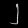
Digit: ၂